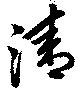
清